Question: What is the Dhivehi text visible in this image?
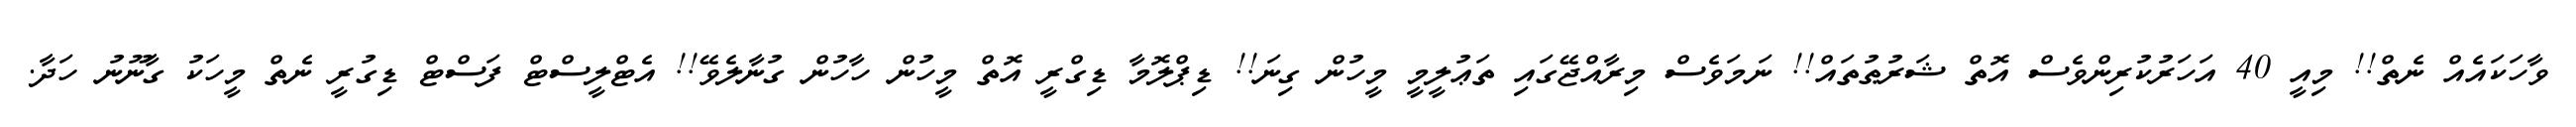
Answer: ވާހަކައެއް ނެތް!! މިއީ 40 އަހަރުކުރިންވެސް އޮތް ޝަރުޠުތައް!! ނަމަވެސް މިރާއްޖޭގައި ތަޢުލީމީ މީހުން ގިނަ!! ޑިޕްލޮމާ ޑިގްރީ އޮތް މީހުން ހާހުން ގުނާލެވޭ!! އެޓްލީސްޓް ފަސްޓް ޑިގުރީ ނެތް މީހަކު ގާނޫނު ހަދާ.